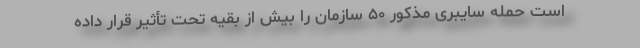
است حمله سایبری مذکور ۵۰ سازمان را بیش از بقیه تحت تأثیر قرار داده